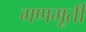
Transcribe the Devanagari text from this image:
गणमूर्ती